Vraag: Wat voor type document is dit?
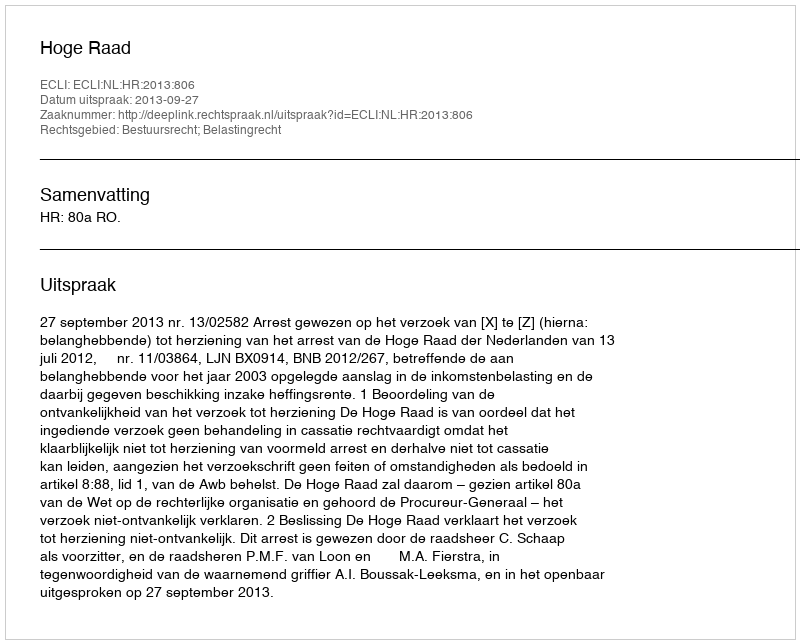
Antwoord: Uitspraak